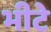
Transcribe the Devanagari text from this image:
भीटे